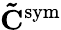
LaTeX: \mathbf{\tilde{C}}^{\mathrm{sym}}